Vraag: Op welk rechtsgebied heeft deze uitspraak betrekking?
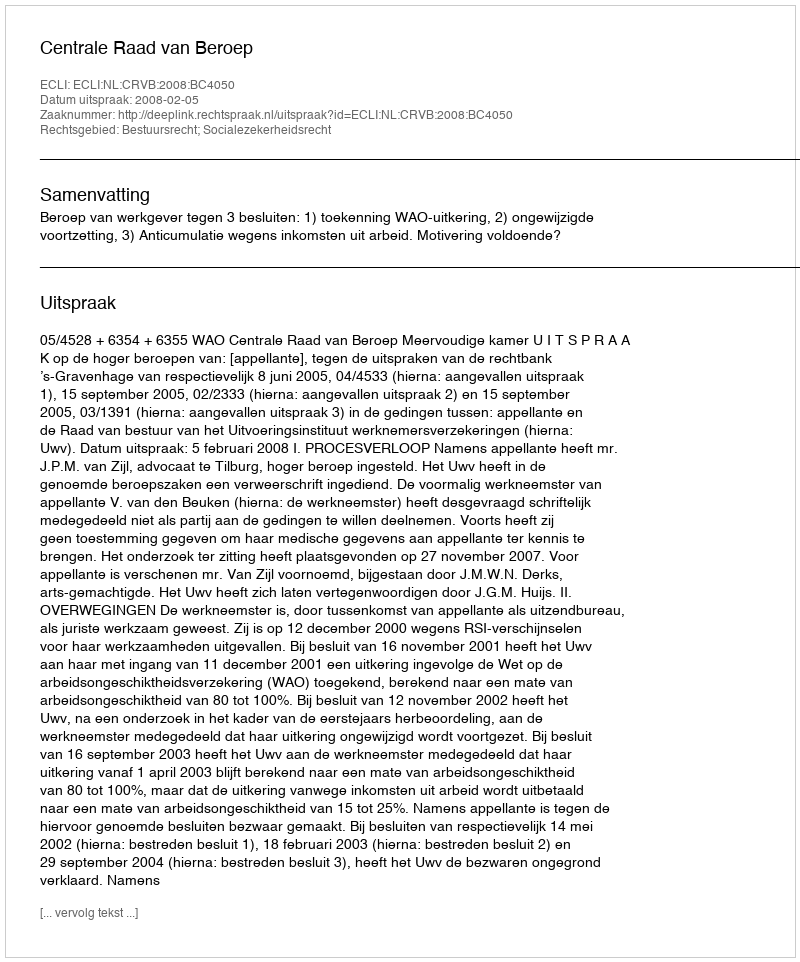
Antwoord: Bestuursrecht; Socialezekerheidsrecht